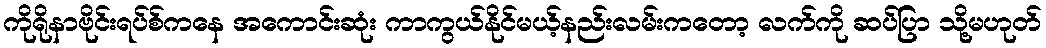
ကိုရိုနာဗိုင်းရပ်စ်ကနေ အကောင်းဆုံး ကာကွယ်နိုင်မယ့်နည်းလမ်းကတော့ လက်ကို ဆပ်ပြာ သို့မဟုတ်